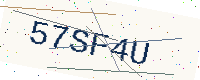
Text: 57SF4U